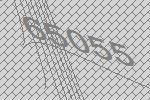
65055